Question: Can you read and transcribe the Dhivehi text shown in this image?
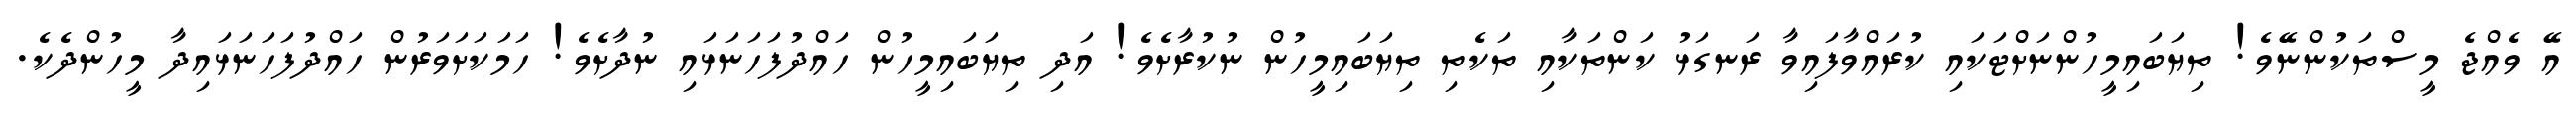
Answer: އޭ ވެއްޖެ މީސްތަކުންނޭވެ! ތިޔަބައިމީހުންނަށްޓަކައި ކުރައްވާފައިވާ ރަނގަޅު ކަންތަކާއި ތަކެތި ތިޔަބައިމީހުން ނުކުރާށެވެ! އަދި ތިޔަބައިމީހުން ހައްދުފަހަނަޅައި ނުދާށެވެ! ހަމަކަށަވަރުން ހައްދުފަހަނަޅައިދާ މީހުންދެކެ.